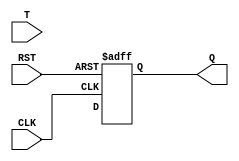
module async_t_ff(input T, input RST, input CLK, output reg Q);

  reg D1, D2, NQ;
  
  assign D1 = T ^ Q;
  assign D2 = D1;
  assign NQ = ~NQ;
  
  always @(posedge CLK or posedge RST) begin
    if (RST) begin
      Q <= 1'b0;
    end else begin
      Q <= NQ;
    end
  end
  
endmodule